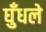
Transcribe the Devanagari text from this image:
घुँधले